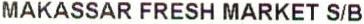
MAKASSAR FRESH MARKET S/B